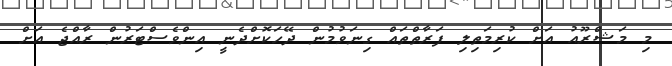
މި މަޝްރޫއު އަށް ކުރިމަތިލި ފަރާތްތައް ގިނަވުމުން ދޭހަކޮށްދެނީ އިންވެސްޓަރުން ރާއްޖެ އަށް